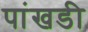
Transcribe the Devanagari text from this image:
पांखडी